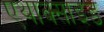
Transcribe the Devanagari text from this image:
एथाक्साइड